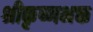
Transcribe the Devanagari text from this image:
श्रीकृष्णभक्त